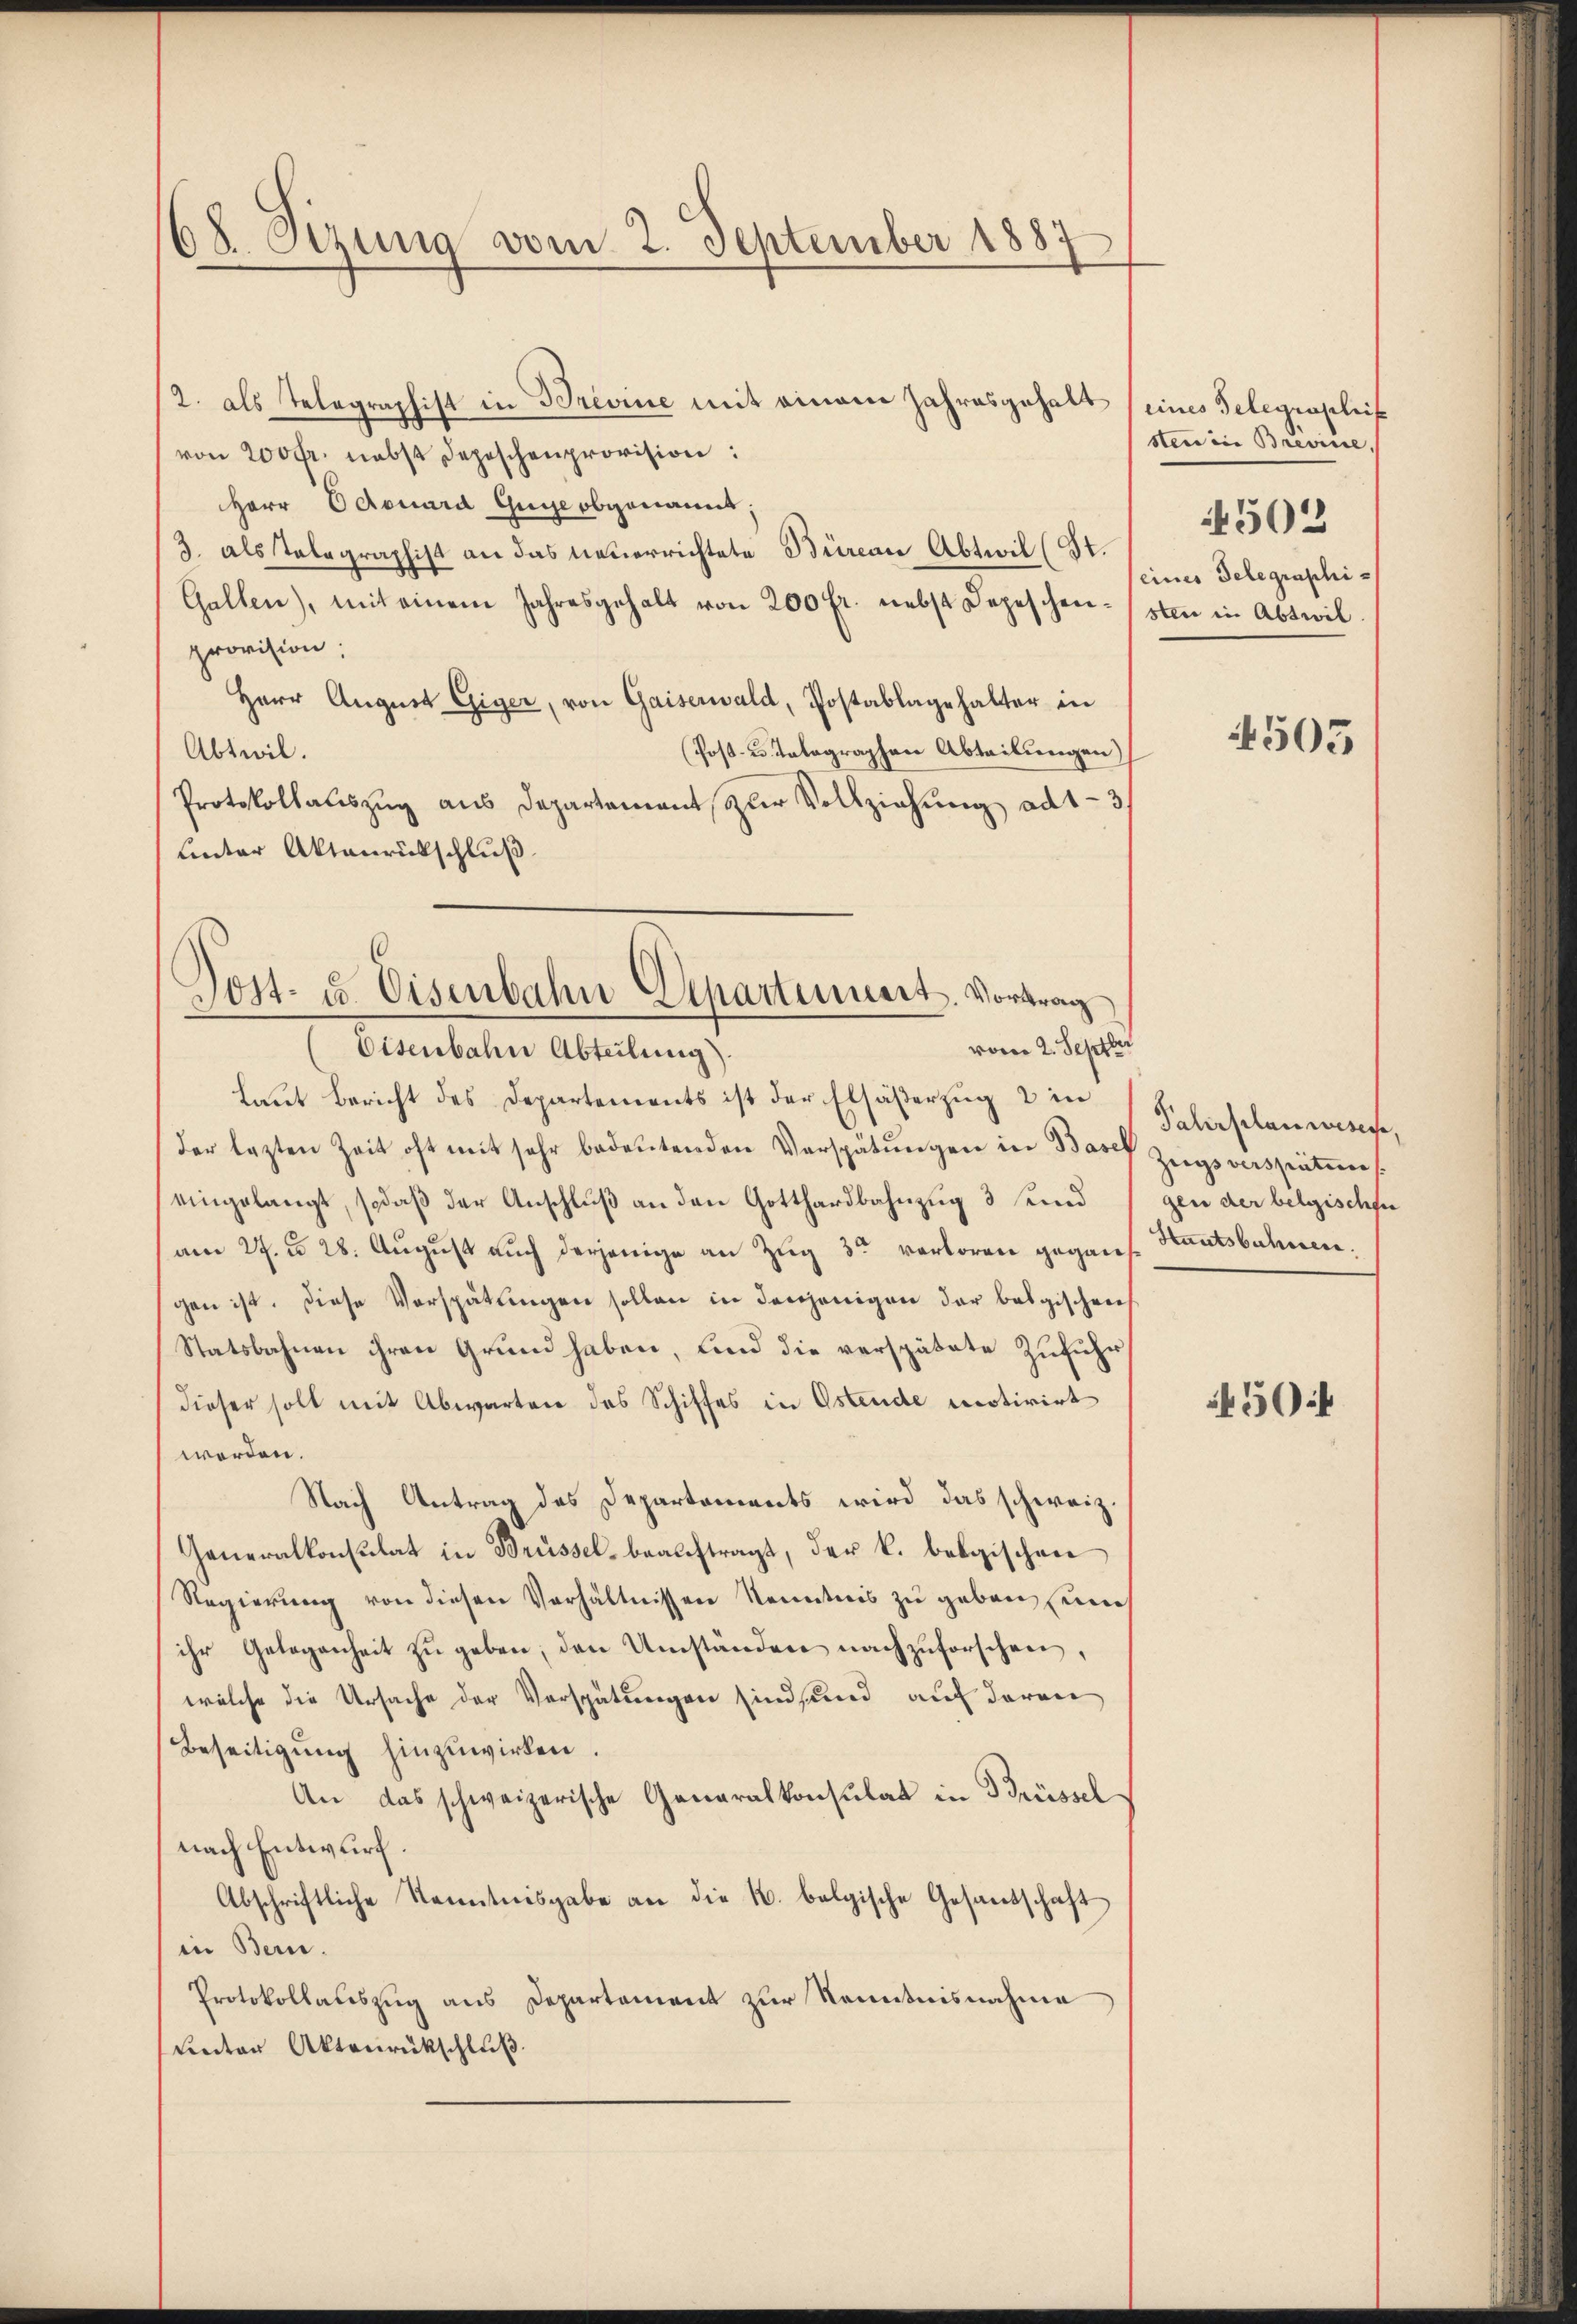
6x Sizung vom 2. September 1887
e

2. als Telegraphist in Brevine mit einem Jahresgehalt
von 200 fr. nebst Depeschenprovision:
Herr Edouard Guyeobgenannt;
3. als Telegraphist an das neuerrichtete Büreau Abteil (St.
Gallen), mit einem Jahresgehalt von 200 fr. nebst Depeschenprovision:
Herr Aŭgŭst Eiger, von Gaiserwald, Postablagehalter in
(Post- u. Telegraphen Abteilungen)
Abtwil.
Protokollauszug aus Departement zur Vollziehung ad 1-3/
unter Aktenrückschluß

Post- u. Eisenbahn Departiniert. Vortrag
vom 2. Septbr
Eisenbahn Abteilung).

Laut Bericht des Departements ist der Elsäßerzug 2 in
der lezten Zeit oft mit sehr bedeŭtenden Verspätungen in Basel Zugsverspäteres
eingelangt, sodaß der Anschluß an den Gotthardbahnzug 3 und
am 27. d. 28. August auch derjenige an Zug 3 verloren gegans. Staatsbahnen:
gen ist. Diese Verspätungen sollen in denjenigen der belgischen
Statsbahnen ihren Grund haben, und die verspätete Zufuhr
dieser soll mit Abwarten des Schiffes in Ostende motivirt
werden.
Nach Antrag des Departements wird das schweiz.
Generalkonsulat in Brüssel beauftragt, der k. belgischen
Regierŭng von diesen Verhältnissen Kenntnis zu geben seiner
ihr Gelegenheit zŭ geben, den Umständen nachzuforschen,
welche die Ursache der Verspätungen sind und auf daran
Beseitigŭng hinzuwirken.
An das schweizerische Generalkonsulat in Brüssel
nach Entwurf.
Abschriftliche Kenntnisgabe an die K. belgische Gesandschaft
in Bern.
Protokollauszug aus Departement zur Kenntnisnahme
unter Aktenrückschluß.

eines Gelegraschief
sten in Brevice,
eines Telegraphi-
sten in Abteil

4502

4503

Pahrplanwesen,
gen der belgischen

450f